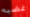
غضبه